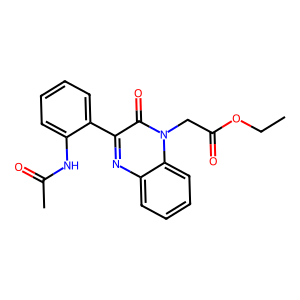
SMILES: CCOC(=O)Cn1c(=O)c(-c2ccccc2NC(C)=O)nc2ccccc21
Inhibits HIV replication: No